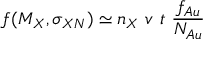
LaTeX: f ( M _ { X } , \sigma _ { X N } ) \simeq n _ { X } \ v \ t \ \frac { f _ { A u } } { N _ { A u } }